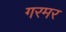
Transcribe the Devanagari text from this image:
गरमर